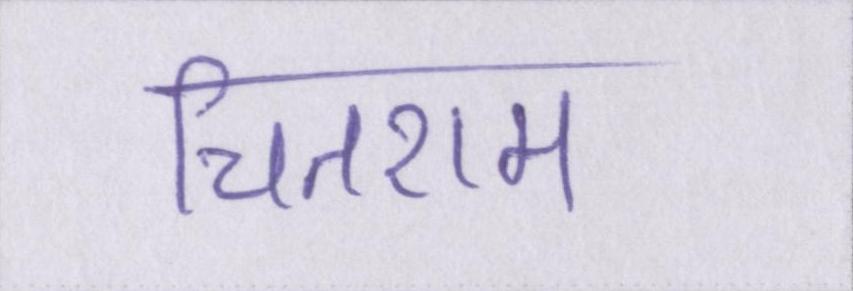
चितराम